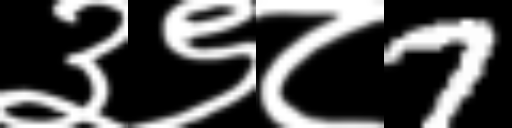
Text: ३९८7